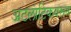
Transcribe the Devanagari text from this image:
अटलांटिकवरून